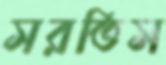
সরতিস